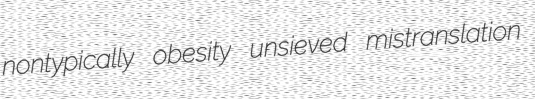
nontypically obesity unsieved mistranslation